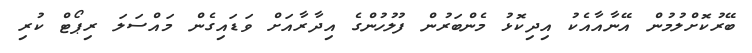
ބޭރުކޮށްލުމުން އޭނާއާއެކު އިދިކޮޅު މެންބަރުން ފުލުހުންގެ އިދާރާއަށް ވަޑައިގެން މައްސަލަ ރިޕޯޓް ކުރި